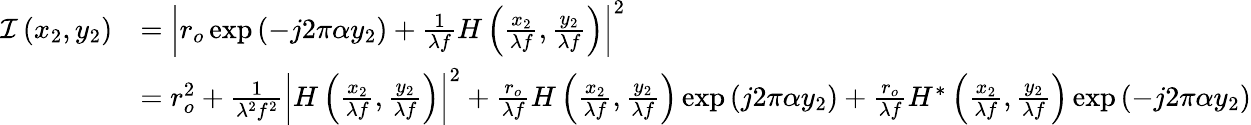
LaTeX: {\begin{array}{rl}{{\mathcal{I}}\left(x_{2},y_{2}\right)}&{=\left|r_{o}\exp\left(-j2\pi\alpha y_{2}\right)+{\frac{1}{\lambda f}}H\left({\frac{x_{2}}{\lambda f}},{\frac{y_{2}}{\lambda f}}\right)\right|^{2}}\\ &{=r_{o}^{2}+{\frac{1}{\lambda^{2}f^{2}}}\left|H\left({\frac{x_{2}}{\lambda f}},{\frac{y_{2}}{\lambda f}}\right)\right|^{2}+{\frac{r_{o}}{\lambda f}}H\left({\frac{x_{2}}{\lambda f}},{\frac{y_{2}}{\lambda f}}\right)\exp\left(j2\pi\alpha y_{2}\right)+{\frac{r_{o}}{\lambda f}}H^{*}\left({\frac{x_{2}}{\lambda f}},{\frac{y_{2}}{\lambda f}}\right)\exp\left(-j2\pi\alpha y_{2}\right)}\end{array}}